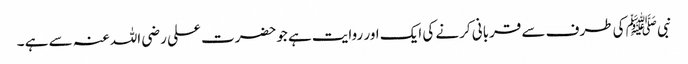
نبی ﷺ کی طرف سے قربانی کرنے کی ایک اور روایت ہے جوحضرت علی رضی اللہ عنہ سے ہے ۔